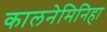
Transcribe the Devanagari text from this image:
कालनेमिनिहा